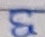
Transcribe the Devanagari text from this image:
भ